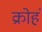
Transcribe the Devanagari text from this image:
क्रोहं